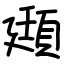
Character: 頲